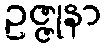
ဥဇ္ဇုနာ